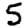
Digit: 5